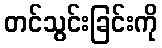
တင်သွင်းခြင်းကို